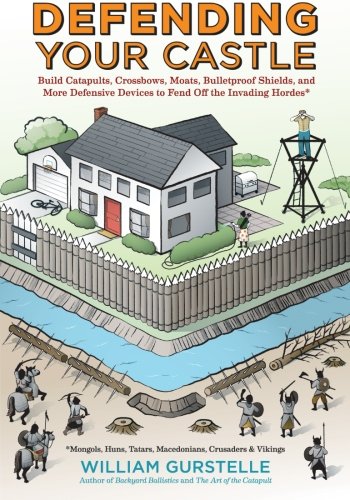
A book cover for Defending Your Castle: Build Catapults, Crossbows, Moats, Bulletproof Shields, and More Defensive Devices to Fend Off the Invading Hordes; William Gurstelle; Engineering & Transportation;